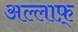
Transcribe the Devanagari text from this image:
अल्लाफ़्‌